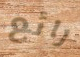
رائع